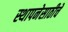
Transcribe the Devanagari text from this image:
स्थापनेसाठीचे